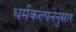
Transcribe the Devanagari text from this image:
धर्मकल्पनेनुसार